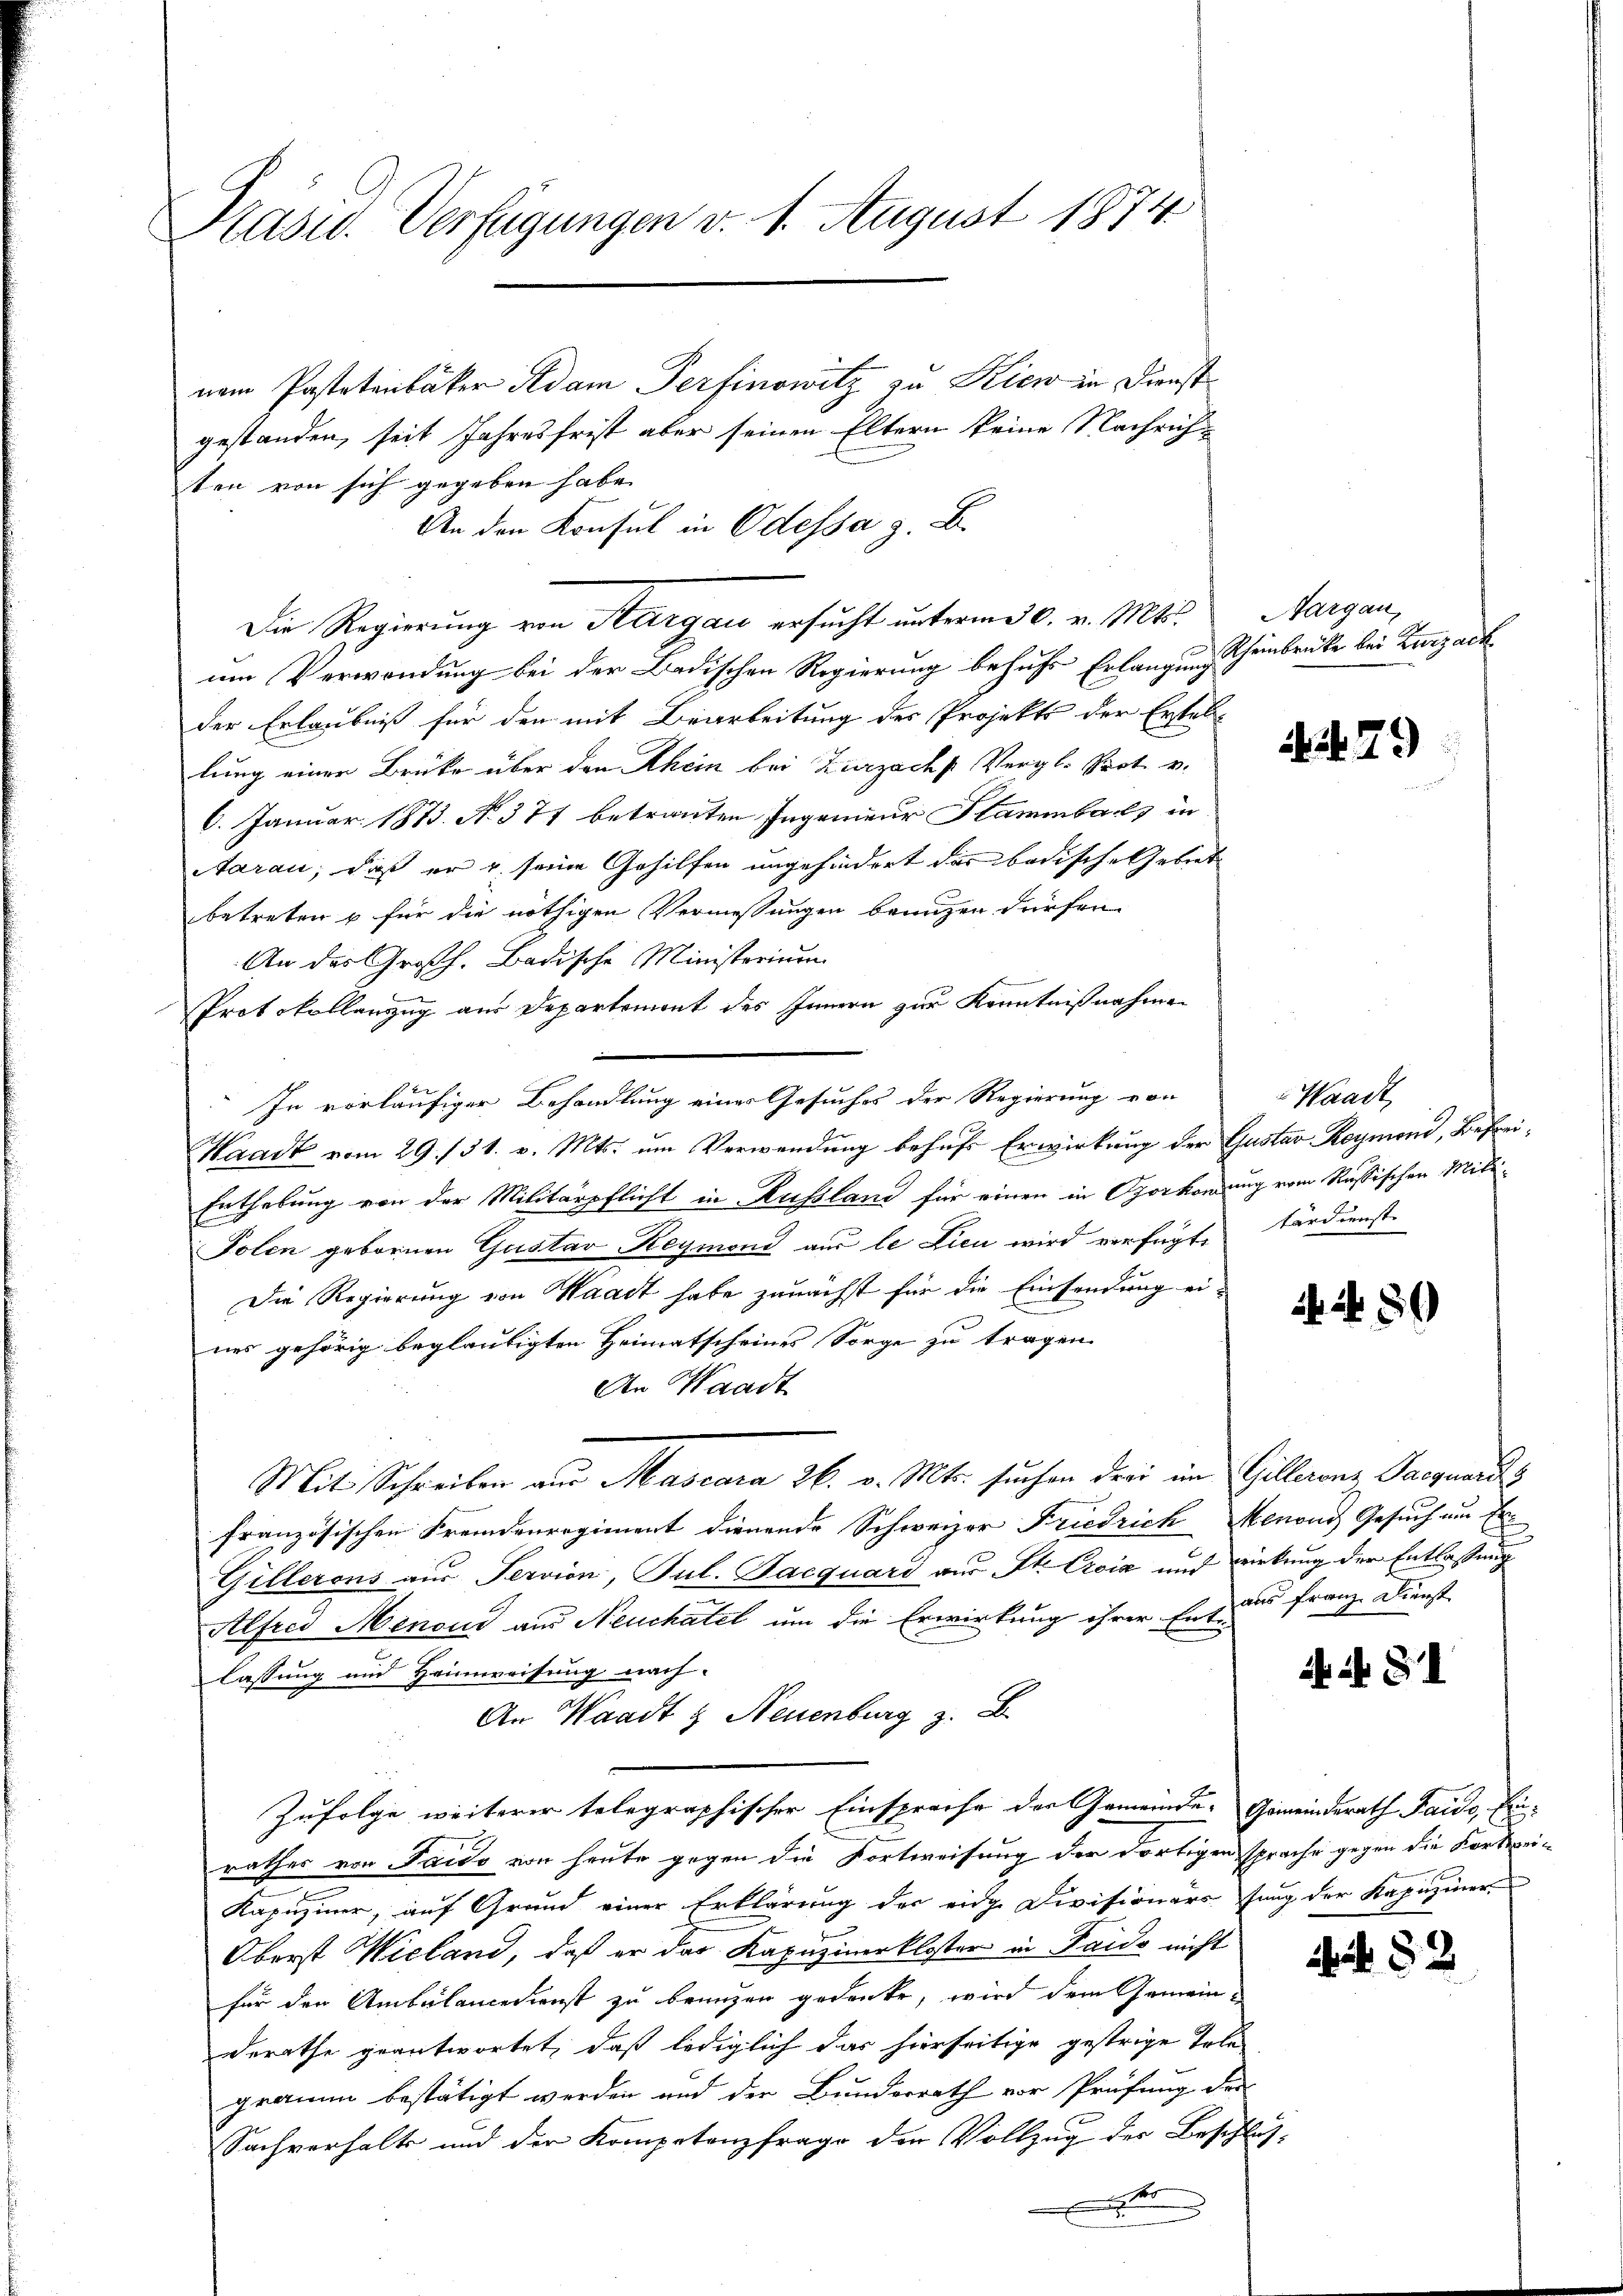
Präsid. Verfügungen d. 1. August 1874

nem Pastetenbäker Adam Perfinowitz zu Kien in Dienst
gestanden, seit Jahresfrist aber seinen Eltern keine Nachricht
ten von sich gegeben habe.
An den Konsul in Odessa z. B.
Die Regierung von Aargau ersucht unterm 30. v. Mts. Aargau,
um Verwendung bei der Badischen Regierung behufs Erlangung Rheinbrücke bei Zurzach
der Erlaubniß für den mit Bearbeitung des Projekts der Erstel-
lung einer Brüke über den Rhein bei Zurzach Vergl. Sept. v.
6. Januar 1873. No. 377 betrauten Ingenieur Stammbachs in
Aarau, daß er u. seine Gehilfen ungehindert das badische Gebiet
betreten u für die nöthigen Vermessungen brunzen dürfen.
An des Großh. Badische Ministerium
i
Protokollanzug aus Departement des Innern zur Kenntnißnahmen
In vorläufiger Behandlung eines Gesuches der Regierung von
Waadt vom 29./31. v. Mts. um Verwendung behufs Erwirkung der Gustav Raymond, Befrei¬
Enthebung von der Militärpflicht in Russland für einen in Operkonung vom Russischen Miti¬
Polen gebornen Gustav Reymond aus le Lien wird verfügte Ferdienst
Die Regierung von Waadt habe zunächst für die Einsendung ei-
nes gehörig beglaubigten Heimatscheines Sorge zu tragen.
An Waadt
Mit Schreiben aus Mascara 26. v. Mts. suchen drei im Gillerenz Paegnards
französischen Fremdenregiment dienende Schweizer Friedrich Menons Gesuch am Er
Güllerons aus Servion, Jul. Jacquari aus St. Croix und wirkung der Entlassung
Alfred Menoud aus Neuchatel um die Erwirkung ihrer Ent aus Franz Dienst
lassung und Heimweisung nach
An Waadt & Neuenburg z. B
Zufolge weiterer telegraphischer Einsprache der Gemeinde- Gemeinderath Haide, Einrathes von Facto von heute gegen die Fortweisung der dortigen sprache gegen die Kortei¬
Kapuziner, auf Grund einer Erklärung der eidge Divisionärssung der Kapuziner
Oberst Wieland, daß er das Kapuzinerkloster in Paido nicht
für den Ambülancedienst zu bringen gedenke, wird dem Gemeinderathe geantwortet, daß lediglich das hierseitige gestrige Tole
gramm bestätigt werden und der Bundesrath vor Prüfung des
Sachverhalts und der Kompetenzfrage der Vollzug der Beschluse

. f. 79

Waadt,

2f 50

ii 81

52